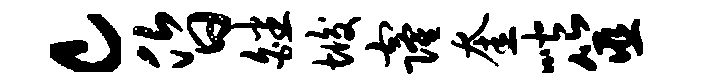
c昏皤垢窿奎喈筮